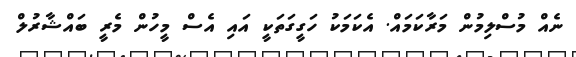
ނެއް މުސްލިމުން މަރާކަމައް. އެކަމަކު ހަގީގަތަކީ އައި އެސް މީހުން މެރީ ބައްޝާރުލް